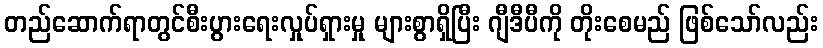
တည်ဆောက်ရာတွင်စီးပွားရေးလှုပ်ရှားမှု များစွာရှိပြီး ဂျီဒီပီကို တိုးစေမည် ဖြစ်သော်လည်း